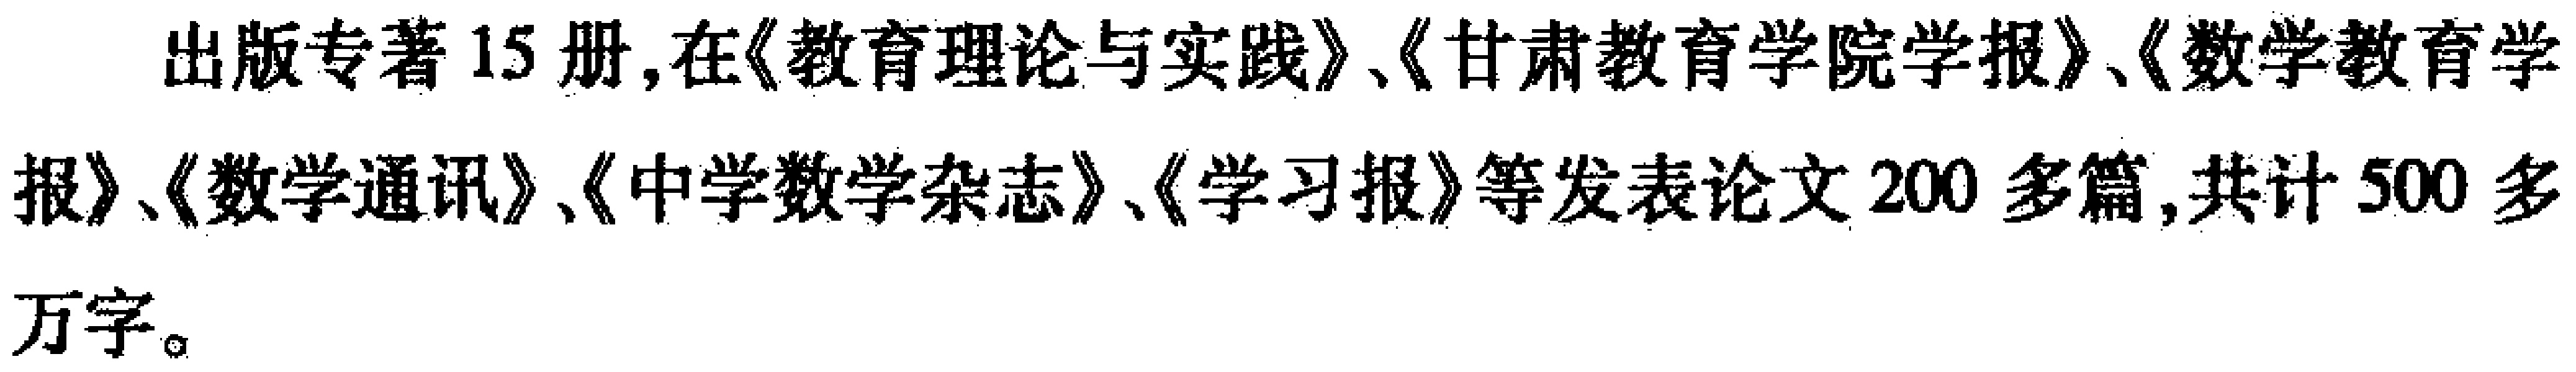
出版专著15册,在《教育理论与实践》、《甘肃教育学院学报》、《数学教育学报》、《数学通讯》、《中学数学杂志》、《学习报》等发表论文200多篇,共计500多万字。